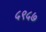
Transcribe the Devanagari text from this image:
५९५७